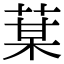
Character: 𦳑